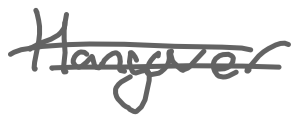
Text: Hangover
Cross-out: double-line
Writing tool: digital_gray